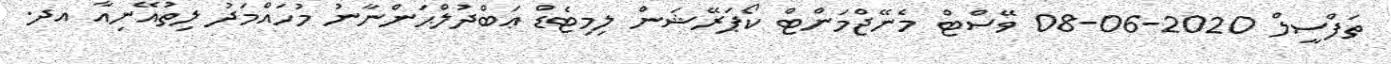
ތަފްސީލް 2020-06-08 ވޭސްޓް މެނޭޖްމަންޓް ކޯޕަރޭޝަން ލިމިޓެޑް ޢަބްދުލްޙަންނާނު މުހައްމަދު ލިތުއޭނިއާ އދ.